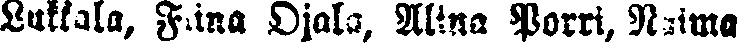
Lukkala, Ftina Ojala, Alina Porri, Naima